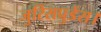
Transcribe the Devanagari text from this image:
जुरिसप्रुडेंस।